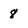
Character: 8